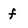
Character: f